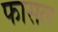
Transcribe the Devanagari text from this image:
फासल